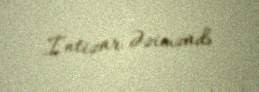
İntizar Əzimzadə